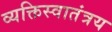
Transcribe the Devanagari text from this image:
व्यक्तिस्वातंत्रय